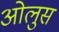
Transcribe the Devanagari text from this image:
ओलुस